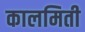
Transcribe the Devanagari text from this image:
कालमिती